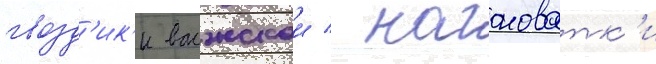
гвозд'ик'и волжскои / наголоватк'и